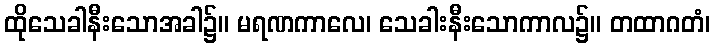
ထိုသေခါနီးသောအခါ၌။ မရဏကာလေ၊ သေခါးနီးသောကာလ၌။ တထာဂတံ၊